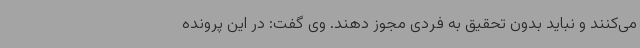
می‌کنند و نباید بدون تحقیق به فردی مجوز دهند. وی گفت: در این پرونده